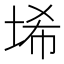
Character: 𱖱